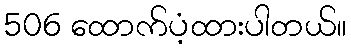
506 ထောက်ပံ့ထားပါတယ်။